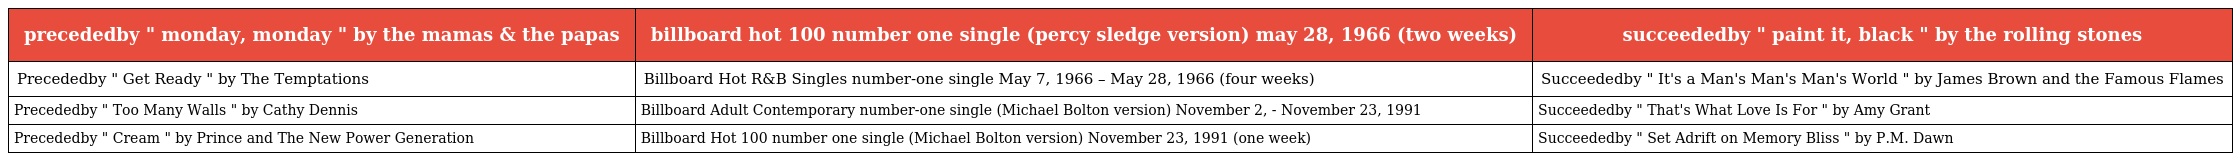
| precededby " monday, monday " by the mamas & the papas | billboard hot 100 number one single (percy sledge version) may 28, 1966 (two weeks) | succeededby " paint it, black " by the rolling stones |
 | --- | --- | --- |
 | Precededby " Get Ready " by The Temptations | Billboard Hot R&B Singles number-one single May 7, 1966 – May 28, 1966 (four weeks) | Succeededby " It's a Man's Man's Man's World " by James Brown and the Famous Flames |
 | Precededby " Too Many Walls " by Cathy Dennis | Billboard Adult Contemporary number-one single (Michael Bolton version) November 2, - November 23, 1991 | Succeededby " That's What Love Is For " by Amy Grant |
 | Precededby " Cream " by Prince and The New Power Generation | Billboard Hot 100 number one single (Michael Bolton version) November 23, 1991 (one week) | Succeededby " Set Adrift on Memory Bliss " by P.M. Dawn |